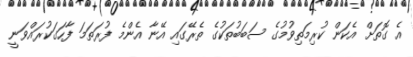
އެ ގޮތަށް އެކަން ކުރިމަތިވުމުގެ ސަބަބުތަކުގެ ތެރޭގައި އޭނާ އެންމެ ފުރަތަމަ ފާހަގަކުރައްވަނީ